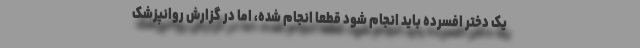
یک دختر افسرده باید انجام شود قطعا انجام شده، اما در گزارش روانپزشک